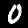
Digit: 0